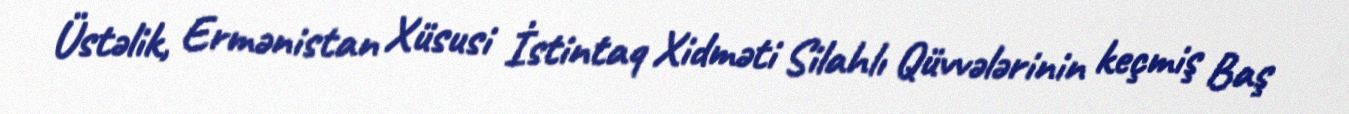
Üstəlik, Ermənistan Xüsusi İstintaq Xidməti Silahlı Qüvvələrinin keçmiş Baş